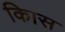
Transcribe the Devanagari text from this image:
किास